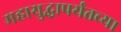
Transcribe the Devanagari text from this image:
महायुद्धापर्यंतच्या